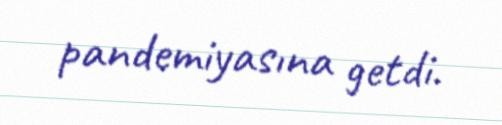
pandemiyasına getdi.